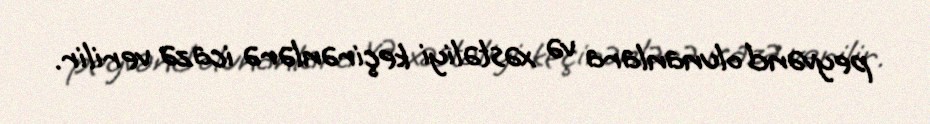
peyvənd olunanlara və xəstəliyi keçirənlərə icazə verilir.